Lunatic asylums Punjab 1895-1910 - 1895-1910
Year: 1895
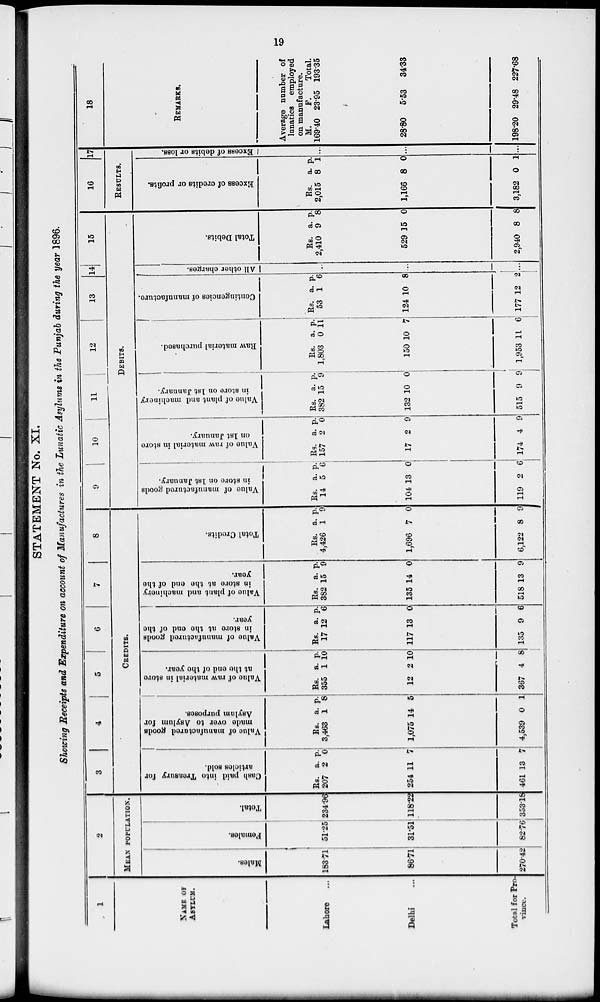
19
STATEMENT No. XI.
Showing Receipts and Expenditure on account of Manufactures in the Lunatic Asylums in the Punjab during the year 1896.
1
NAME OF
ASYLUM.
Lahore ...
Delhi ...
Total for Pro-
vince.
2
MEAN POPULATION.
Males.
183.71
86.71
270.42
Females.
51.25
31.51
82.76
Total.
234.96
118.22
353.18
3
4
5
6
7
8
CREDITS.
Cash paid into Treasury for
articles sold.
Rs.
207
254
461
a.
2
11
13
p.
0
7
7
Value of manufactured goods
made over to Asylum for
Asylum purposes.
Rs.
3,463
1,075
4,539
a.
1
14
0
p.
8
5
1
Value of raw material in store
at the end of the year.
Rs.
355
12
367
a.
1
2
4
p.
10
10
8
Value of manufactured goods
in store at the end of the
year.
Rs.
17
117
135
a.
12
13
9
p.
6
0
6
Value of plant and machinery
in store at the end of the
year.
Rs.
382
135
518
a.
15
14
13
p.
9
0
9
Total Credits.
Rs.
4,426
1,696
6,122
a.
1
7
8
p.
9
0
9
9
10
11
12
13
14
15
DEBITS.
Value of manufactured goods
in store on 1st January.
Rs.
14
104
119
a.
5
13
2
p.
6
0
6
Value of raw material in store
on 1st January.
Rs.
157
17
174
a.
2
2
4
p.
0
9
9
Value of plant and machinery
in store on 1st January.
Rs.
382
132
515
a.
15
10
9
p.
9
0
9
Raw material purchased.
Rs.
1,803
150
1,953
a.
0
10
11
p.
11
7
6
Contingencies of manufacture.
Rs.
53
124
177
a.
1
10
12
p.
6
8
2
All other charges.
...
...
...
Total Debits.
Rs.
2,410
529
2,940
a.
9
15
8
p.
8
0
8
16 17
RESULTS.
Excess of credits or profits.
Rs.
2,015
1,166
3,182
a.
8
8
0
p.
1
0
1
Excess of debits or loss.
...
...
...
18
REMARKS.
Average number of
lunatics employed
on manufacture.
M.
169.40
28.80
198.20
F.
23.95
5.53
29.48
Total.
193.35
34.33
227.68